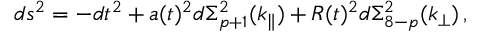
d s ^ { 2 } = - d t ^ { 2 } + a ( t ) ^ { 2 } d \Sigma _ { p + 1 } ^ { 2 } ( k _ { \parallel } ) + R ( t ) ^ { 2 } d \Sigma _ { 8 - p } ^ { 2 } ( k _ { \perp } ) \, ,